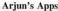
Arjun's Apps